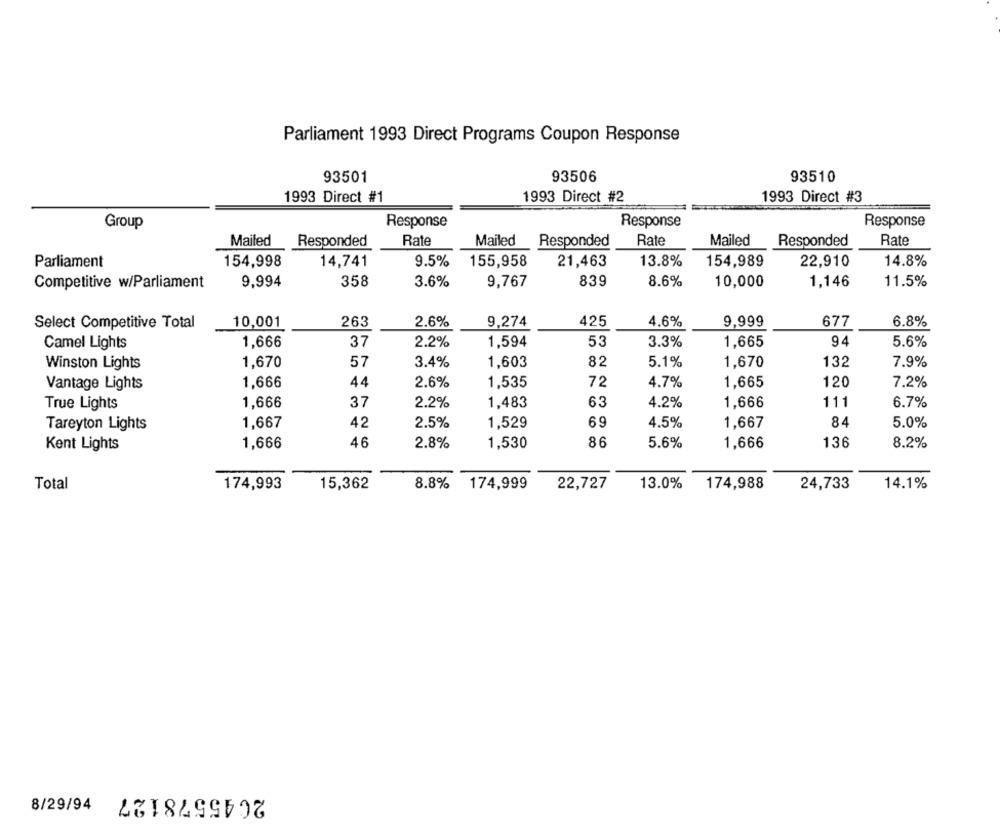
Parliament 1993 Direct Programs Coupon Response
93501
93506
93510
1993 Direct #1
1993 Direct #2
1993 Direct #3
Group
Response
Response
Response
Mailed
Responded
Rate
Mailed
Responded
Rate
Mailed
Responded
Rate
Parliament
154,998
14,741
9.5%
155,958
21,463
13.8%
154,989
22,910
14.8%
Competitive w/Parliament
9,994
358
3.6%
9,767
839
8.6%
10,000
1.146
11.5%
Select Competitive Total
10,001
263
2.6%
9,274
425
4.6%
9,999
677
6.8%
Camel Lights
1,666
37
2.2%
1,594
53
3.3%
1.665
94
5.6%
Winston Lights
1,670
57
3.4%
1,603
82
5.1%
1,670
132
7.9%
Vantage Lights
1,666
44
2.6%
1,535
72
4.7%
1,665
120
7.2%
1,666
37
1,483
63
4.2%
1,666
111
6.7%
True Lights
2.2%
Tareyton Lights
1,667
42
2.5%
1,529
69
4.5%
1,667
84
5.0%
1,666
46
2.8%
1,530
86
5.6%
1,666
136
8.2%
Kent Lights
Total
174,993
15,362
8.8%
174,999
22,727
13.0%
174,988
24,733
14.1%
2045578127
8/29/94